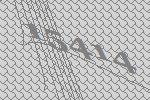
15414